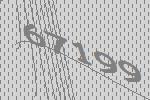
67199